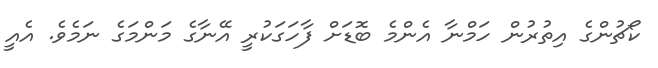
ކޯޗުންގެ އިތުރުން ހަމްނާ އެންމެ ބޮޑަށް ފާހަގަކުރީ އޭނާގެ މަންމަގެ ނަމެވެ. އެއީ